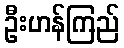
ဦးဟန်ကြည်